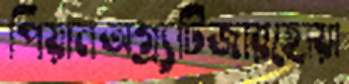
পিয়ানঅগ্র্যটিজারহোয়া